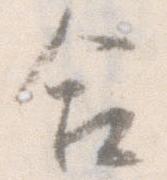
合